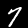
Label: 7